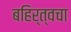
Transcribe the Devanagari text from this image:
बहिर्त्वचा